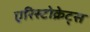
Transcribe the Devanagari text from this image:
एरिस्टोक्रेट्स